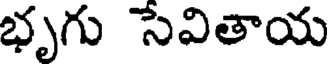
భృగు సేవితాయ